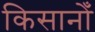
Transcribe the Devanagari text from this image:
किसानोँ